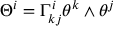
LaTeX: \Theta ^ { i } = \Gamma _ { k j } ^ { i } \theta ^ { k } \wedge \theta ^ { j }